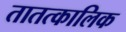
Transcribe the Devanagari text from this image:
तातत्कालिक